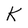
Character: K